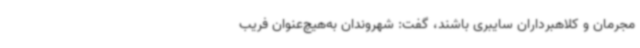
مجرمان و کلاهبرداران سایبری باشند، گفت: شهروندان به‌هیچ‌عنوان فریب